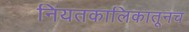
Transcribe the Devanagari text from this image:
नियतकालिकातूनच